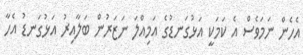
އެހެން ނަމަވެސް އެ ކަމަކީ އަޅުގަނޑުގެ އަމިއްލަ ނަޒަރުން ބަލާއިރު އަޅުގަނޑު އެހާ